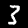
Label: 3